Report on the working of the Ranchi Indian Mental Hospital, Kanke, in Bihar and Orissa - 1930-1940
Year: 1930
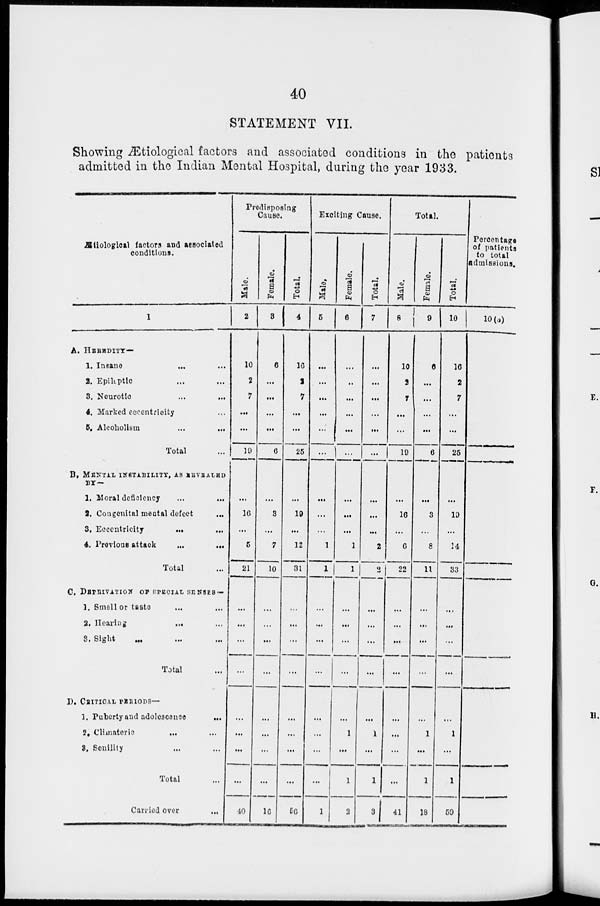
40
STATEMENT VII.
Showing Ætiological factors and associated conditions in the patients
admitted in the Indian Mental Hospital, during the year 1933.
Ætiological factors and associated
conditions.
1
A. HEREDITY—
1. Insane ... ...
2. Epileptic ... ...
3. Neurotic ... ...
4. Marked eccentricity ...
5. Alcoholism ... ...
Total ...
B. MENTAL INSTABILITY, AS REVEALED
1. Moral deficiency ... ...
2. Congenital mental defect
...
3. Eccentricity
... ...
4. Previous attack
...
...
Total ...
C. DEPRIVATION OF SPECIAL SENSES —
1. Smell or taste ... ...
2. Hearing ... ...
3. Sight ... ... ...
Total ...
D. CRITICAL PERIODS—
1. Puberty and adolescence
...
2. Climateric
... ...
3. Senility ... ...
Total ...
Carried over
...
Predisposing
Cause.
Male.
2
10
2
7
...
...
19
...
16
...
5
21
...
...
...
...
...
...
...
...
40
Female.
3
6
...
...
...
...
6
...
3
...
7
10
...
...
...
...
...
...
...
...
16
Total.
4
16
2
7
...
...
25
...
19
...
12
31
...
...
...
...
...
...
...
...
56
Exciting Cause.
Male.
5
...
...
...
...
...
...
...
...
...
1
1
...
...
...
...
...
...
...
...
1
Female.
6
...
...
...
...
...
...
...
...
...
1
1
...
...
...
...
...
1
...
1
2
Total.
7
...
...
...
...
...
...
...
...
...
2
2
...
...
...
...
...
1
...
1
3
Total.
Male.
8
10
2
7
...
...
19
...
16
...
6
22
...
...
...
...
...
...
...
...
41
Female.
9
6
...
...
...
...
6
...
3
...
8
11
...
...
...
...
...
1
...
1
18
Total.
10
16
2
7
...
...
25
...
19
...
14
33
...
...
...
...
...
1
...
1
59
Percentage
of patients
to total
admissions.
10(a)